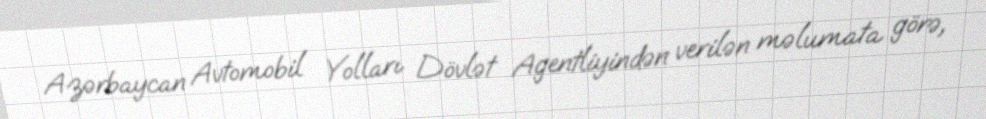
Azərbaycan Avtomobil Yolları Dövlət Agentliyindən verilən məlumata görə,